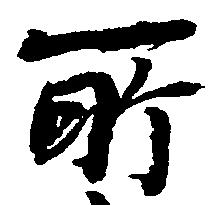
所